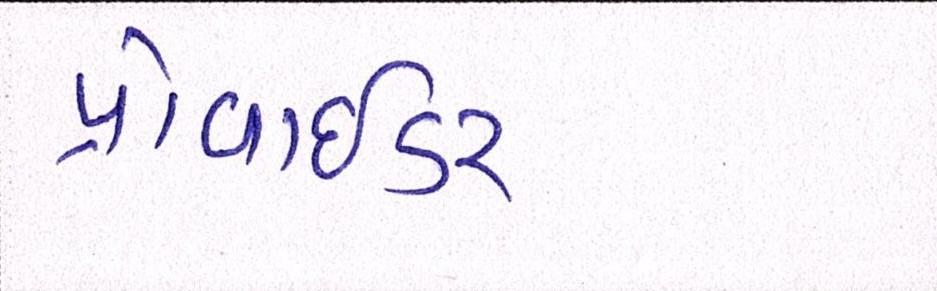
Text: પ્રોવાઇડર